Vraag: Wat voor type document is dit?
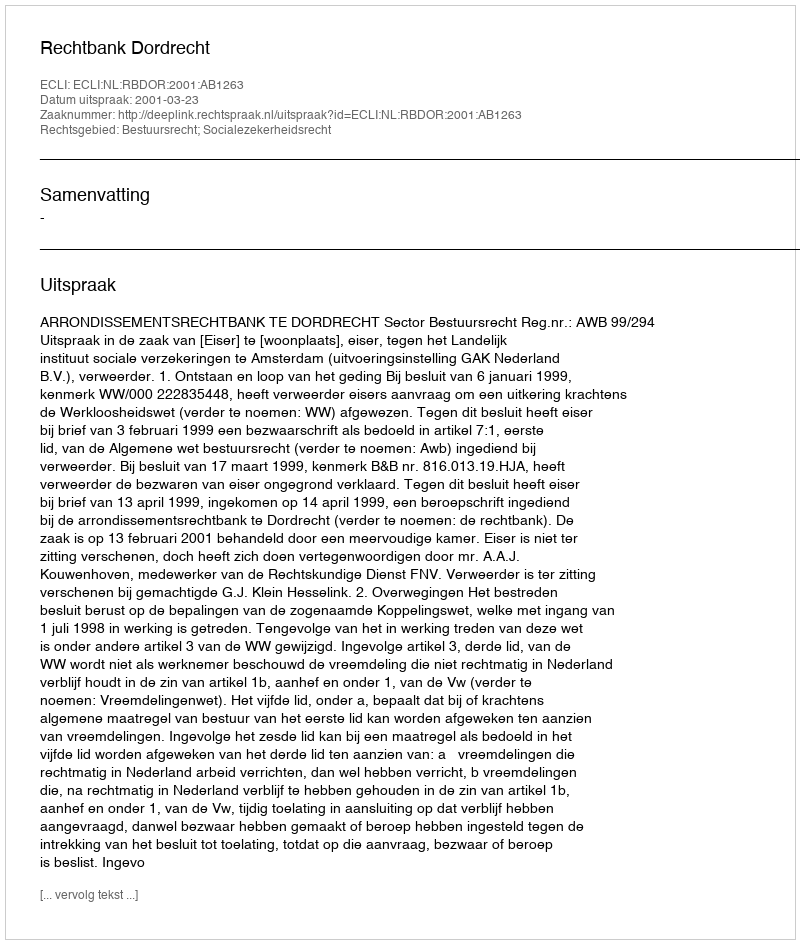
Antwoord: Uitspraak